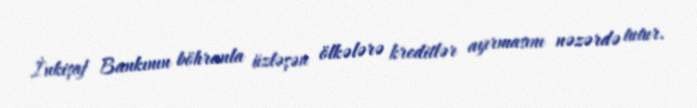
İnkişaf Bankının böhranla üzləşən ölkələrə kreditlər ayırmasını nəzərdə tutur.